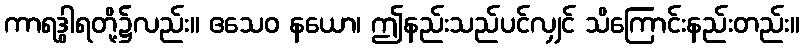
ကာရဒွါရတို့၌လည်း။ ဧသေဝ နယော၊ ဤနည်းသည်ပင်လျှင် သိကြောင်းနည်းတည်း။